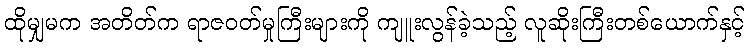
ထိုမျှမက အတိတ်က ရာဇဝတ်မှုကြီးများကို ကျူးလွန်ခဲ့သည့် လူဆိုးကြီးတစ်ယောက်နှင့်